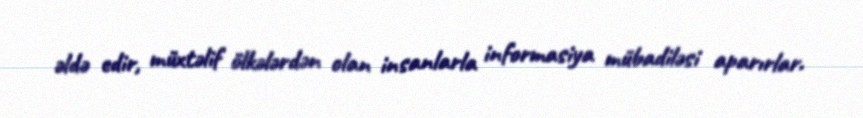
əldə edir, müxtəlif ölkələrdən olan insanlarla informasiya mübadiləsi aparırlar.